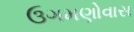
ઉગમણોવાસ